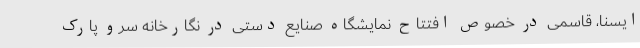
ایسنا، قاسمی در خصوص افتتاح نمایشگاه صنایع دستی در نگارخانه سرو پارک